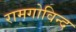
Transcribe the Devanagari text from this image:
रामगोविन्द